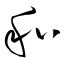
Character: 和